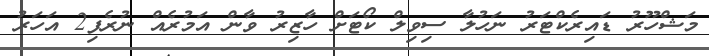
މަޝްހޫރު ޑައިރެކްޓަރު ނަހުލާ ސިވިލް ކޯޓަށް ހާޒިރު ވާން އަމުރެއް ނުރެފި2 އަހަރު